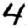
Digit: 4